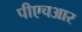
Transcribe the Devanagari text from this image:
पीएचआर